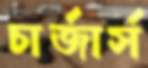
চার্জার্স